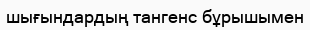
шығындардың тангенс бұрышымен